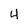
Character: 4